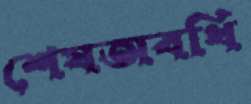
শেষঅবধি